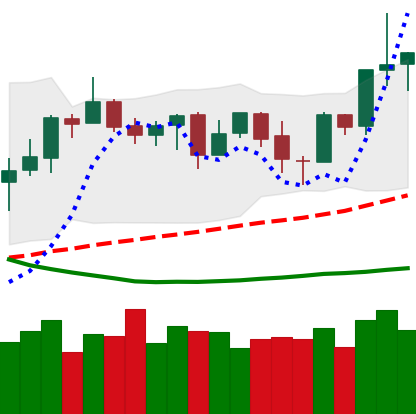
Ticker: NEO-USD
Chart end date: 2019-03-31
Forward return: 35.94%
Label: up_7plus